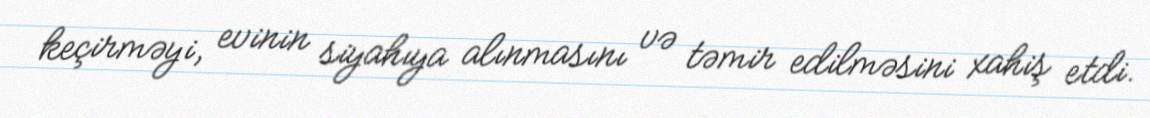
keçirməyi, evinin siyahıya alınmasını və təmir edilməsini xahiş etdi.